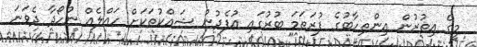
މީގެ އިތުރުން އިންތިހާބުގެ ފުރަތަމަ ބުރުގައި އުފެދުނު ޝައްކުތަކަށް ހައްލެއް ނުހޯދާ ދެވަނަ